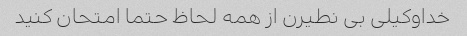
خداوکیلی بی نطیرن از همه لحاظ حتما امتحان کنید